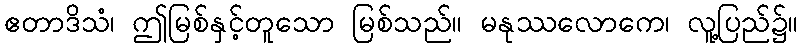
ဧတာဒိသံ၊ ဤမြစ်နှင့်တူသော မြစ်သည်။ မနုဿလောကေ၊ လူ့ပြည်၌။